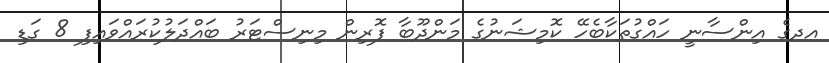
އދގެ އިންސާނީ ހައްގުތަކާބެހޭ ކޮމިޝަނުގެ މަންދޫބާ ފޮރިން މިނިސްޓަރު ބައްދަލުކުރައްވައިިފި 8 ގަޑި